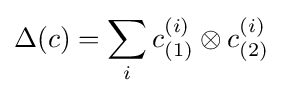
\Delta (c)=\sum _{i}c_{(1)}^{(i)}\otimes c_{(2)}^{(i)}